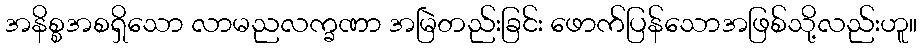
အနိစ္စအစရှိသော လာမညလက္ခဏာ အမြဲတည်းခြင်း ဖောက်ပြန်သောအဖြစ်သို့လည်းဟူ။